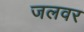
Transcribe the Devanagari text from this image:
जलवर